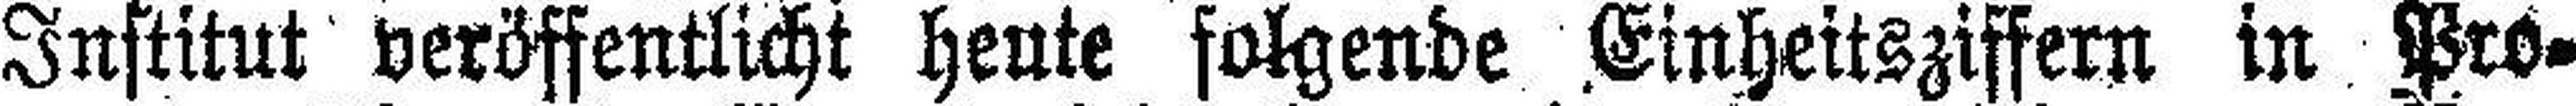
Institut veröffentlicht heute folgende Einheitsziffern in Pro¬